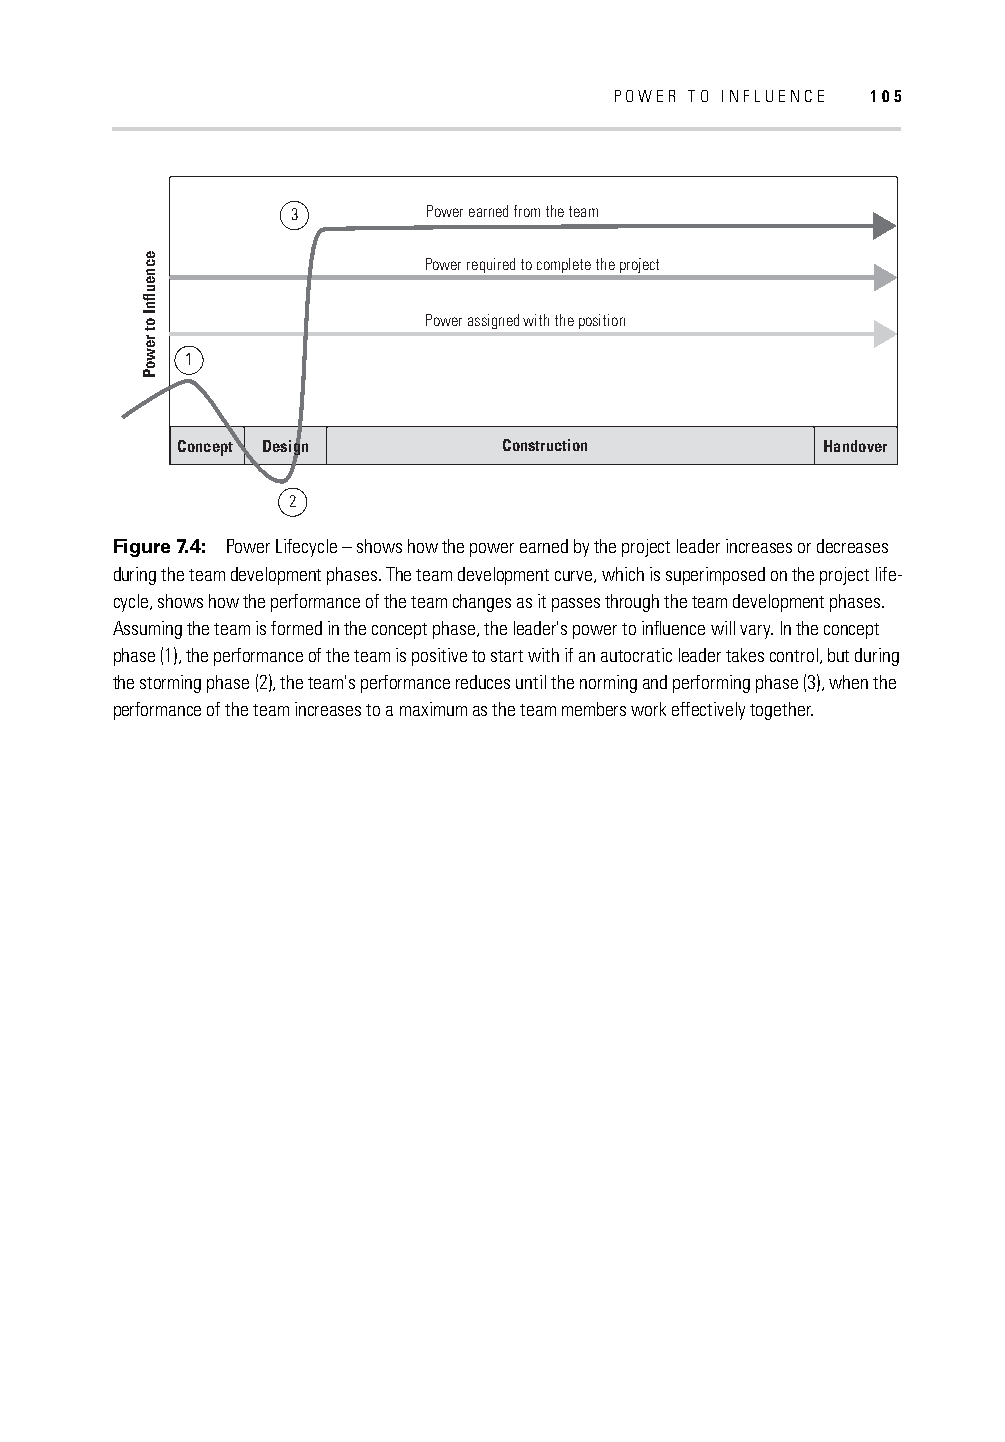
POWER TO INFLUENCE 105
 3        Power earned from the team
 Power required to complete the project
 Power assigned with the position
 1
 Concept Design       Construction         Handover
 2
 Figure 7.4: Power Lifecycle – shows how the power earned by the project leader increases or decreases
 during the team development phases. The team development curve, which is superimposed on the project life-
 cycle, shows how the performance of the team changes as it passes through the team development phases.
 Assuming the team is formed in the concept phase, the leader's power to infl uence will vary. In the concept
 phase (1), the performance of the team is positive to start with if an autocratic leader takes control, but during
 the storming phase (2), the team's performance reduces until the norming and performing phase (3), when the
 performance of the team increases to a maximum as the team members work effectively together.
 ecneuflnI
 ot
 rewoP